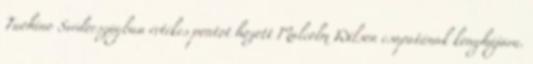
Tuohino Svédországban értékes pontot hozott Malcolm Wilson csapatának konyhájára.